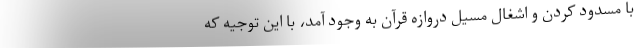
با مسدود کردن و اشغال مسیل دروازه قرآن به وجود آمد، با این توجیه که